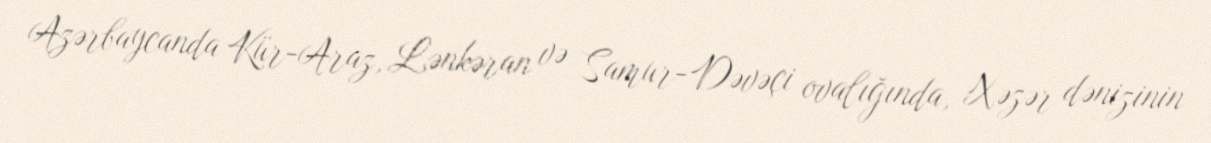
Azərbaycanda Kür-Araz, Lənkəran və Samur-Dəvəçi ovalığında, Xəzər dənizinin